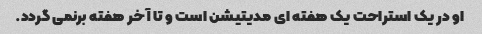
او در یک استراحت یک هفته ای مدیتیشن است و تا آخر هفته برنمی گردد.